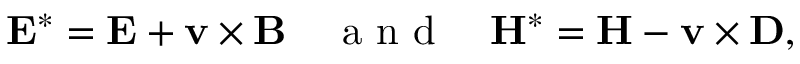
\mathbf { E } ^ { * } = \mathbf { E } + \mathbf { v } \times \mathbf { B } \quad \mathrm { ~ a ~ n ~ d ~ } \quad \mathbf { H } ^ { * } = \mathbf { H } - \mathbf { v } \times \mathbf { D } ,